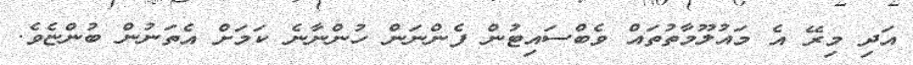
އަދި މިރޭ އެ މައުލޫމާތުތައް ވެބްސައިޓުން ފެންނަން ހުންނާނެ ކަމަށް އެތަނުން ބުންޏެވެ.